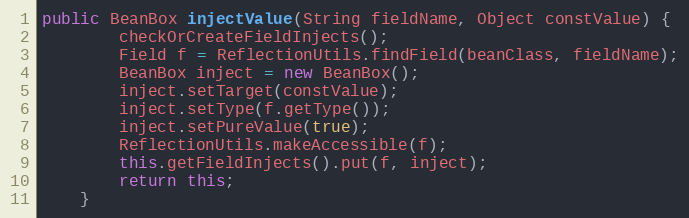
Language: Java
public BeanBox injectValue(String fieldName, Object constValue) {
		checkOrCreateFieldInjects();
		Field f = ReflectionUtils.findField(beanClass, fieldName);
		BeanBox inject = new BeanBox();
		inject.setTarget(constValue);
		inject.setType(f.getType());
		inject.setPureValue(true);
		ReflectionUtils.makeAccessible(f);
		this.getFieldInjects().put(f, inject);
		return this;
	}